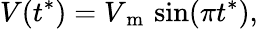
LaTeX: V(t^{*})=V_{\mathrm{~m~}}\sin(\pi t^{*}),